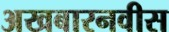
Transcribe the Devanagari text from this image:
अखबारनवीस